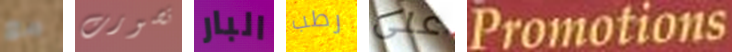
مع تصورت البار رطب على Promotions